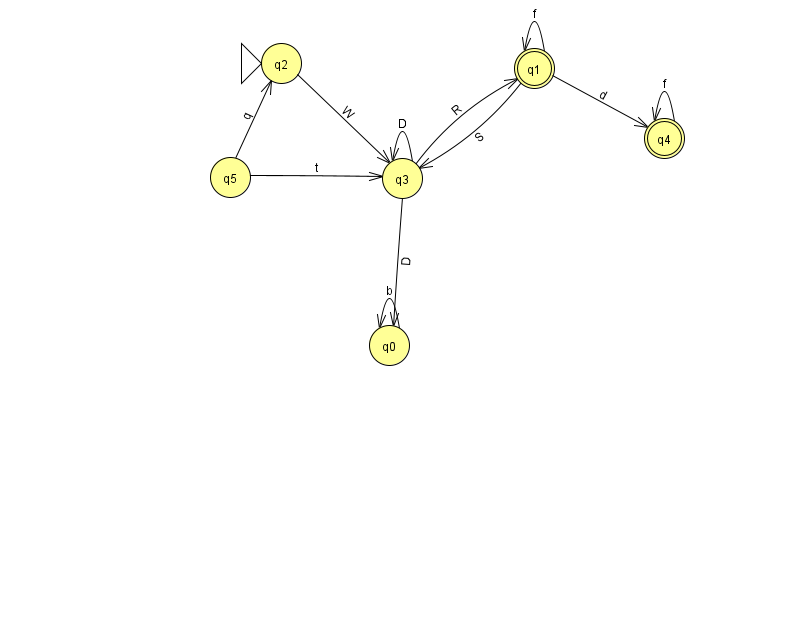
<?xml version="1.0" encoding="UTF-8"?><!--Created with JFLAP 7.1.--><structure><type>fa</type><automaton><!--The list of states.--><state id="0" name="q0"><x>389.0</x><y>332.0</y></state><state id="1" name="q1"><x>534.0</x><y>55.0</y><final/></state><state id="2" name="q2"><x>281.0</x><y>50.0</y><initial/></state><state id="3" name="q3"><x>402.0</x><y>165.0</y></state><state id="4" name="q4"><x>664.0</x><y>125.0</y><final/></state><state id="5" name="q5"><x>230.0</x><y>164.0</y></state><!--The list of transitions.--><transition><from>2</from><to>3</to><read>W</read></transition><transition><from>3</from><to>0</to><read>D</read></transition><transition><from>0</from><to>0</to><read>b</read></transition><transition><from>3</from><to>1</to><read>R</read></transition><transition><from>3</from><to>3</to><read>D</read></transition><transition><from>1</from><to>3</to><read>S</read></transition><transition><from>1</from><to>1</to><read>f</read></transition><transition><from>4</from><to>4</to><read>f</read></transition><transition><from>1</from><to>4</to><read>d</read></transition><transition><from>5</from><to>3</to><read>t</read></transition><transition><from>5</from><to>2</to><read>q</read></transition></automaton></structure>